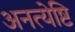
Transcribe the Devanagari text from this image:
अनत्येष्टि